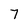
Character: 7